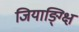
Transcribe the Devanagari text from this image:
जियाङ्ग्क्षि